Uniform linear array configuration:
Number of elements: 4
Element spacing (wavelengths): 0.25
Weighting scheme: hann
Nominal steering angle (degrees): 15
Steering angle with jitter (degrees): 13.701
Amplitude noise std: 0.05
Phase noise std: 0.05

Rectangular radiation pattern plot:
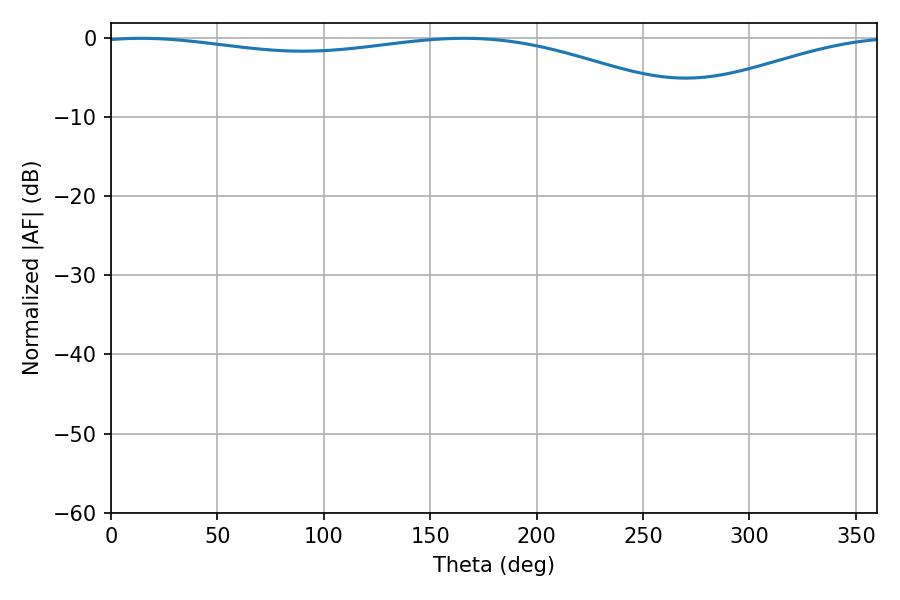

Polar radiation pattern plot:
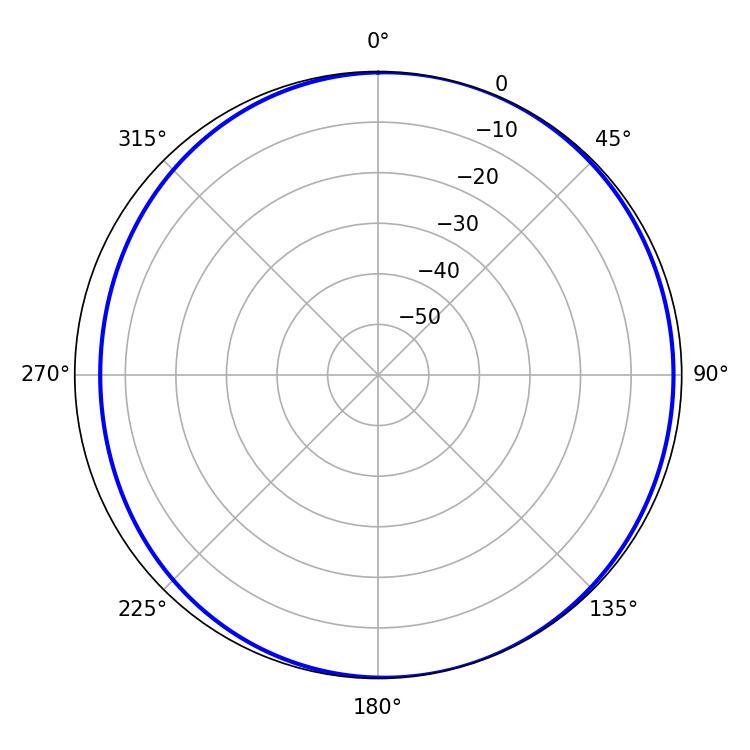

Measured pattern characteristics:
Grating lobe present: FALSE
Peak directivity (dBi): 4.779
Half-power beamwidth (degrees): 229.14
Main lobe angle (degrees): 14.22